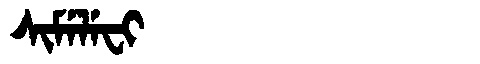
Manchu: ᠰᡳᠮᡝᠯᡝᠸᡳ
Romanization: SIMELEFI